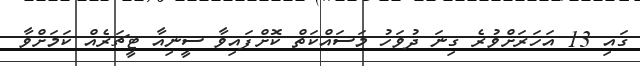
ގައި 13 އަހަރަށްވުރެ ގިނަ ދުވަހު މަސައްކަތް ކޮށްފައިވާ ސީނިއާ ޓީޗަރެއް ކަމަށްވާ